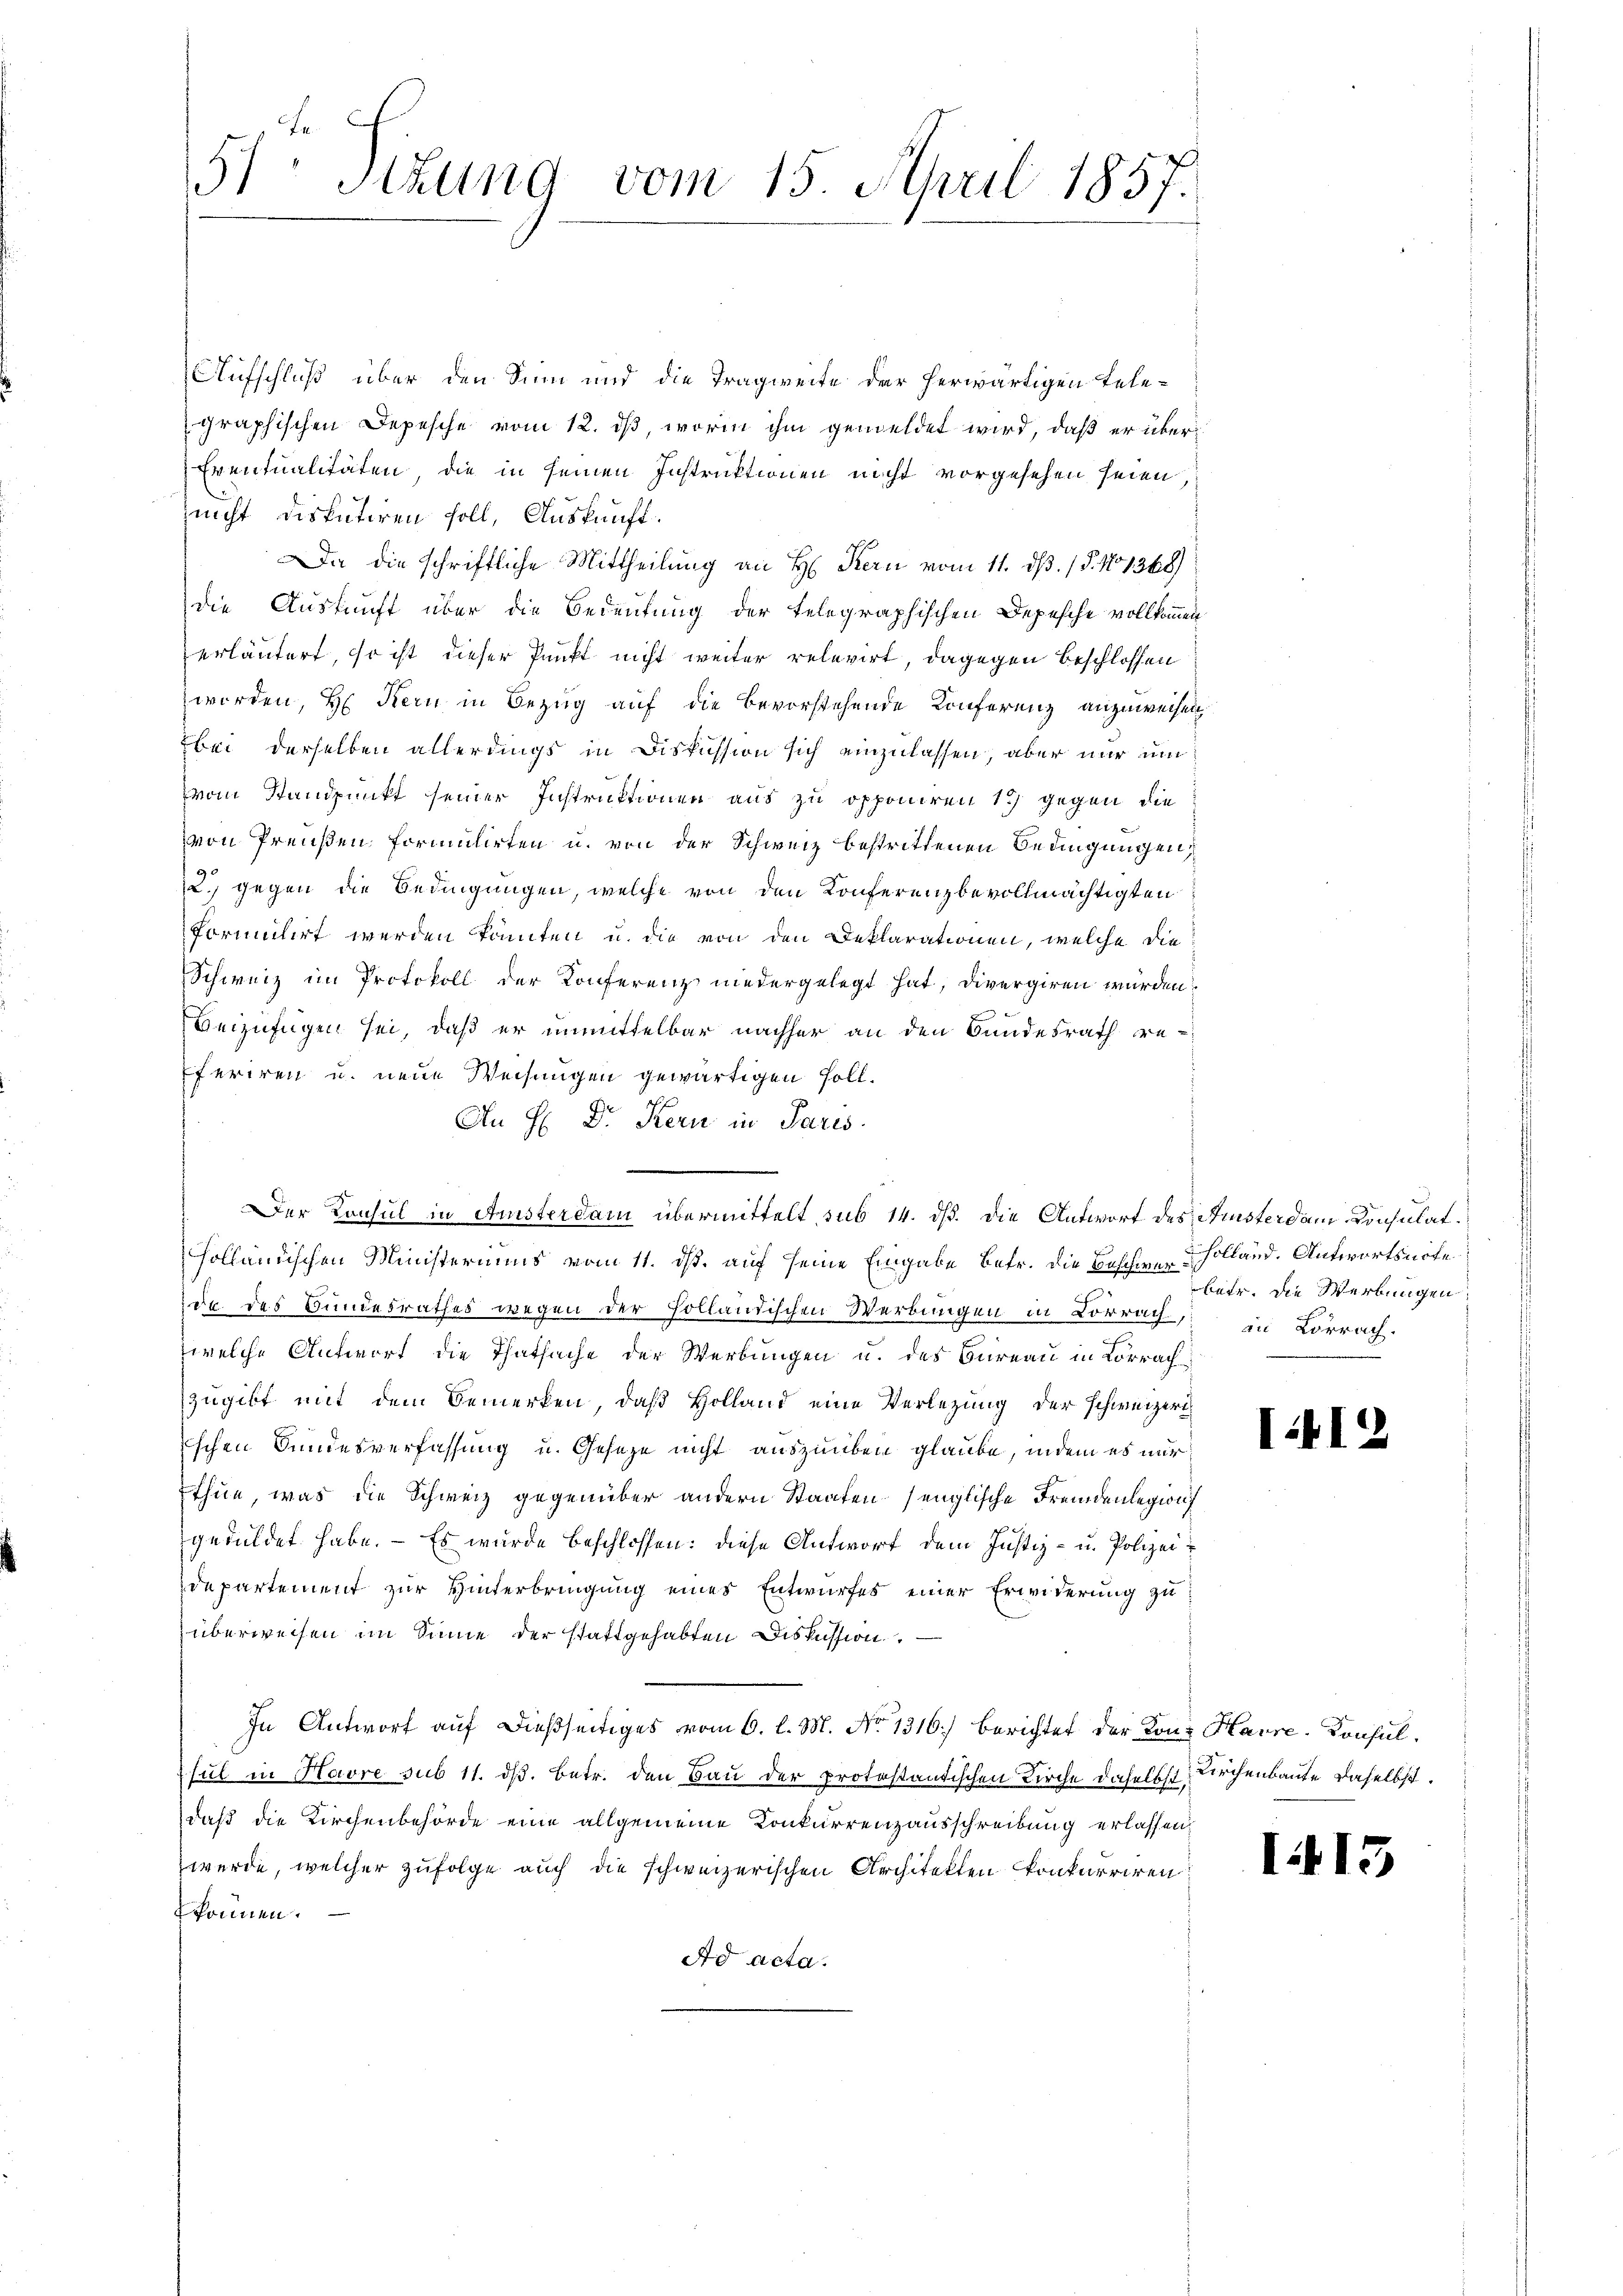
51 Sitzung vom 15. April 1857.

Aufschluß über den Sinn und die Tragweite der herwärtigen Telegraphischen Depesche vom 12. ds, worin ihm gemeldet wird, daß er über
Eventualitäten, die in seinen Instruktionen nicht vorgesehen seien,
nicht disputiren soll, Auskunft.
Da die schriftliche Mittheilung an H. Kern vom 11. ds. (S. 11368)
die Auskunft über die Bedeutung der telegraphischen Depesche vollkommen
erläutert, so ist dieser Punkt nicht weiter relevirt, dagegen Beschlossen
werden, H. Kern in Bezug auf die bevorstehende Konferenz anzuweisen
bei derselben allerdings in Diskussion sich einzulassen, aber nur um
vom Standpunkt seiner Instruktionen aus zu opponiren 17 gegen die
von Preußen Formulirten u. von der Schweiz bestrittenen Bedingungen,
22. gegen die Bedingungen, welche von den Konferenzbevollmächtigten
formulirt werden könnten u. die von den Deklarationen, welche die¬
Schweiz im Protokoll der Konferenz niedergelegt hat, divergiren würden.
Beizufügen sei, daß er unmittelbar nachher an den Bundesrath re-
feriren u. neue Weisungen gewärtigen soll.
An H: Dr. Kern in Paris
.
Der Konsul in Amsterdam übermittelt, sub 14. dß. Die Antwort des Fisterdam Konsulat
holländischen Ministeriums vom 11. ds. auf seine Eingabe betr. die Beschie-Holland. Antwortsnote
de des Bundesrathes wegen der Holländischen Werbungen in Lörrach, in Lörrach.
welche Antwort die Thatsache der Werbungen u. des Bureau in Lörrach
zugibt mit dem Bemerken, daß Holland eine Verlegung der schweizeri
schen Bundesverfassung u. Gesetze nicht auszuüben glaube, indem es nur
thun, was die Schweiz gegenüber andern Staaten senglische Fremdenlegion
geduldet habe. — Es wurde beschlossen: diese Antwort dem Justiz- u. Polizeidepartement zur Hinterbringung eines Entwurfes einer Erwiderung zuüberweisen im Sinne der stattgehabten Diskussion.
In Antworf auf dießseitiges vom 6. l. M. No 1316.) Berichtet der Konz Havre-Konsulsul in Havre sub 11. dß. Betr. den Bau der protestantischen Kirche daselbst Kirchenbaute daselbst.
daß die Kirchenbehörde eine allgemeine Konkurrenzausschreibung erlassen,
werde, welcher zufolge auch die schweizerischen Architekten konkurriren.
können.
Ad acta.

betr. Die Werbungen:

112

1413